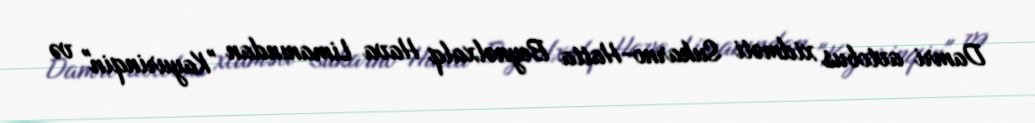
Damri avtobus xidməti Sukarno-Hatta Beynəlxalq Hava Limanından "Kayurinqin" və